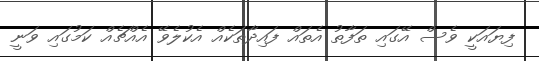
ފިޔައަކީ ވެސް އޭގައި ތަފާތު އެތައް ފައިދާތަކެއް އެކުލެވޭ އެއްޗެއް ކަމުގައި ވަނީ